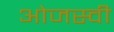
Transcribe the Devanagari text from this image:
ओजस्‍वी